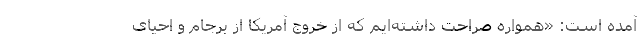
آمده است: «همواره صراحت داشته‌ایم که از خروج آمریکا از برجام و احیای